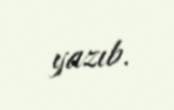
yazıb.